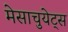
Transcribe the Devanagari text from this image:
मेसाचुयेट्स